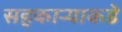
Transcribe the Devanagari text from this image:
सहकार्‍याकडे